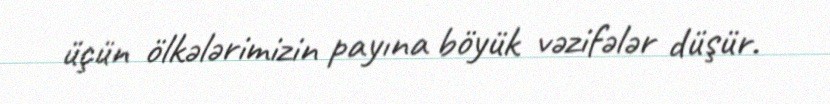
üçün ölkələrimizin payına böyük vəzifələr düşür.